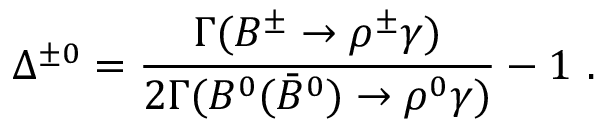
\Delta ^ { \pm 0 } = \frac { \Gamma ( B ^ { \pm } \to \rho ^ { \pm } \gamma ) } { 2 \Gamma ( B ^ { 0 } ( \bar { B } ^ { 0 } ) \to \rho ^ { 0 } \gamma ) } - 1 ~ .